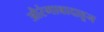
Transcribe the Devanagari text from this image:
औरंगाबादाहून